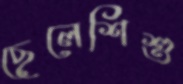
ছেলেশিশু